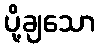
ပို့ချသော